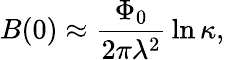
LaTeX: B(0)\approx{\frac{\Phi_{0}}{2\pi\lambda^{2}}}\ln\kappa,